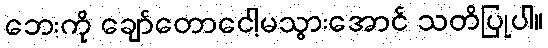
ဘေးကို ချော်တောငေါ့မသွားအောင် သတိပြုပါ။